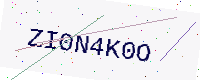
Text: ZI0N4K0O